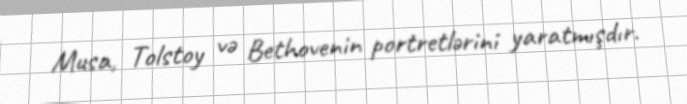
Musa, Tolstoy və Bethovenin portretlərini yaratmışdır.